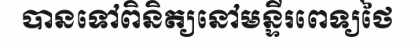
បានទៅពិនិត្យនៅមន្ទីរពេទ្យថៃ